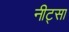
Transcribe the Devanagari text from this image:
नीट्सा